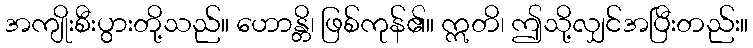
အကျိုးစီးပွားတို့သည်။ ဟောန္တိ၊ ဖြစ်ကုန်၏။ ဣတိ၊ ဤသို့လျှင်အပြီးတည်း။